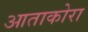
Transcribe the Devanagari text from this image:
आताकोरा